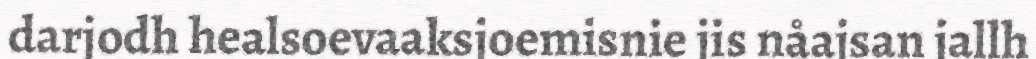
darjodh healsoevaaksjoemisnie jis nåajsan jallh